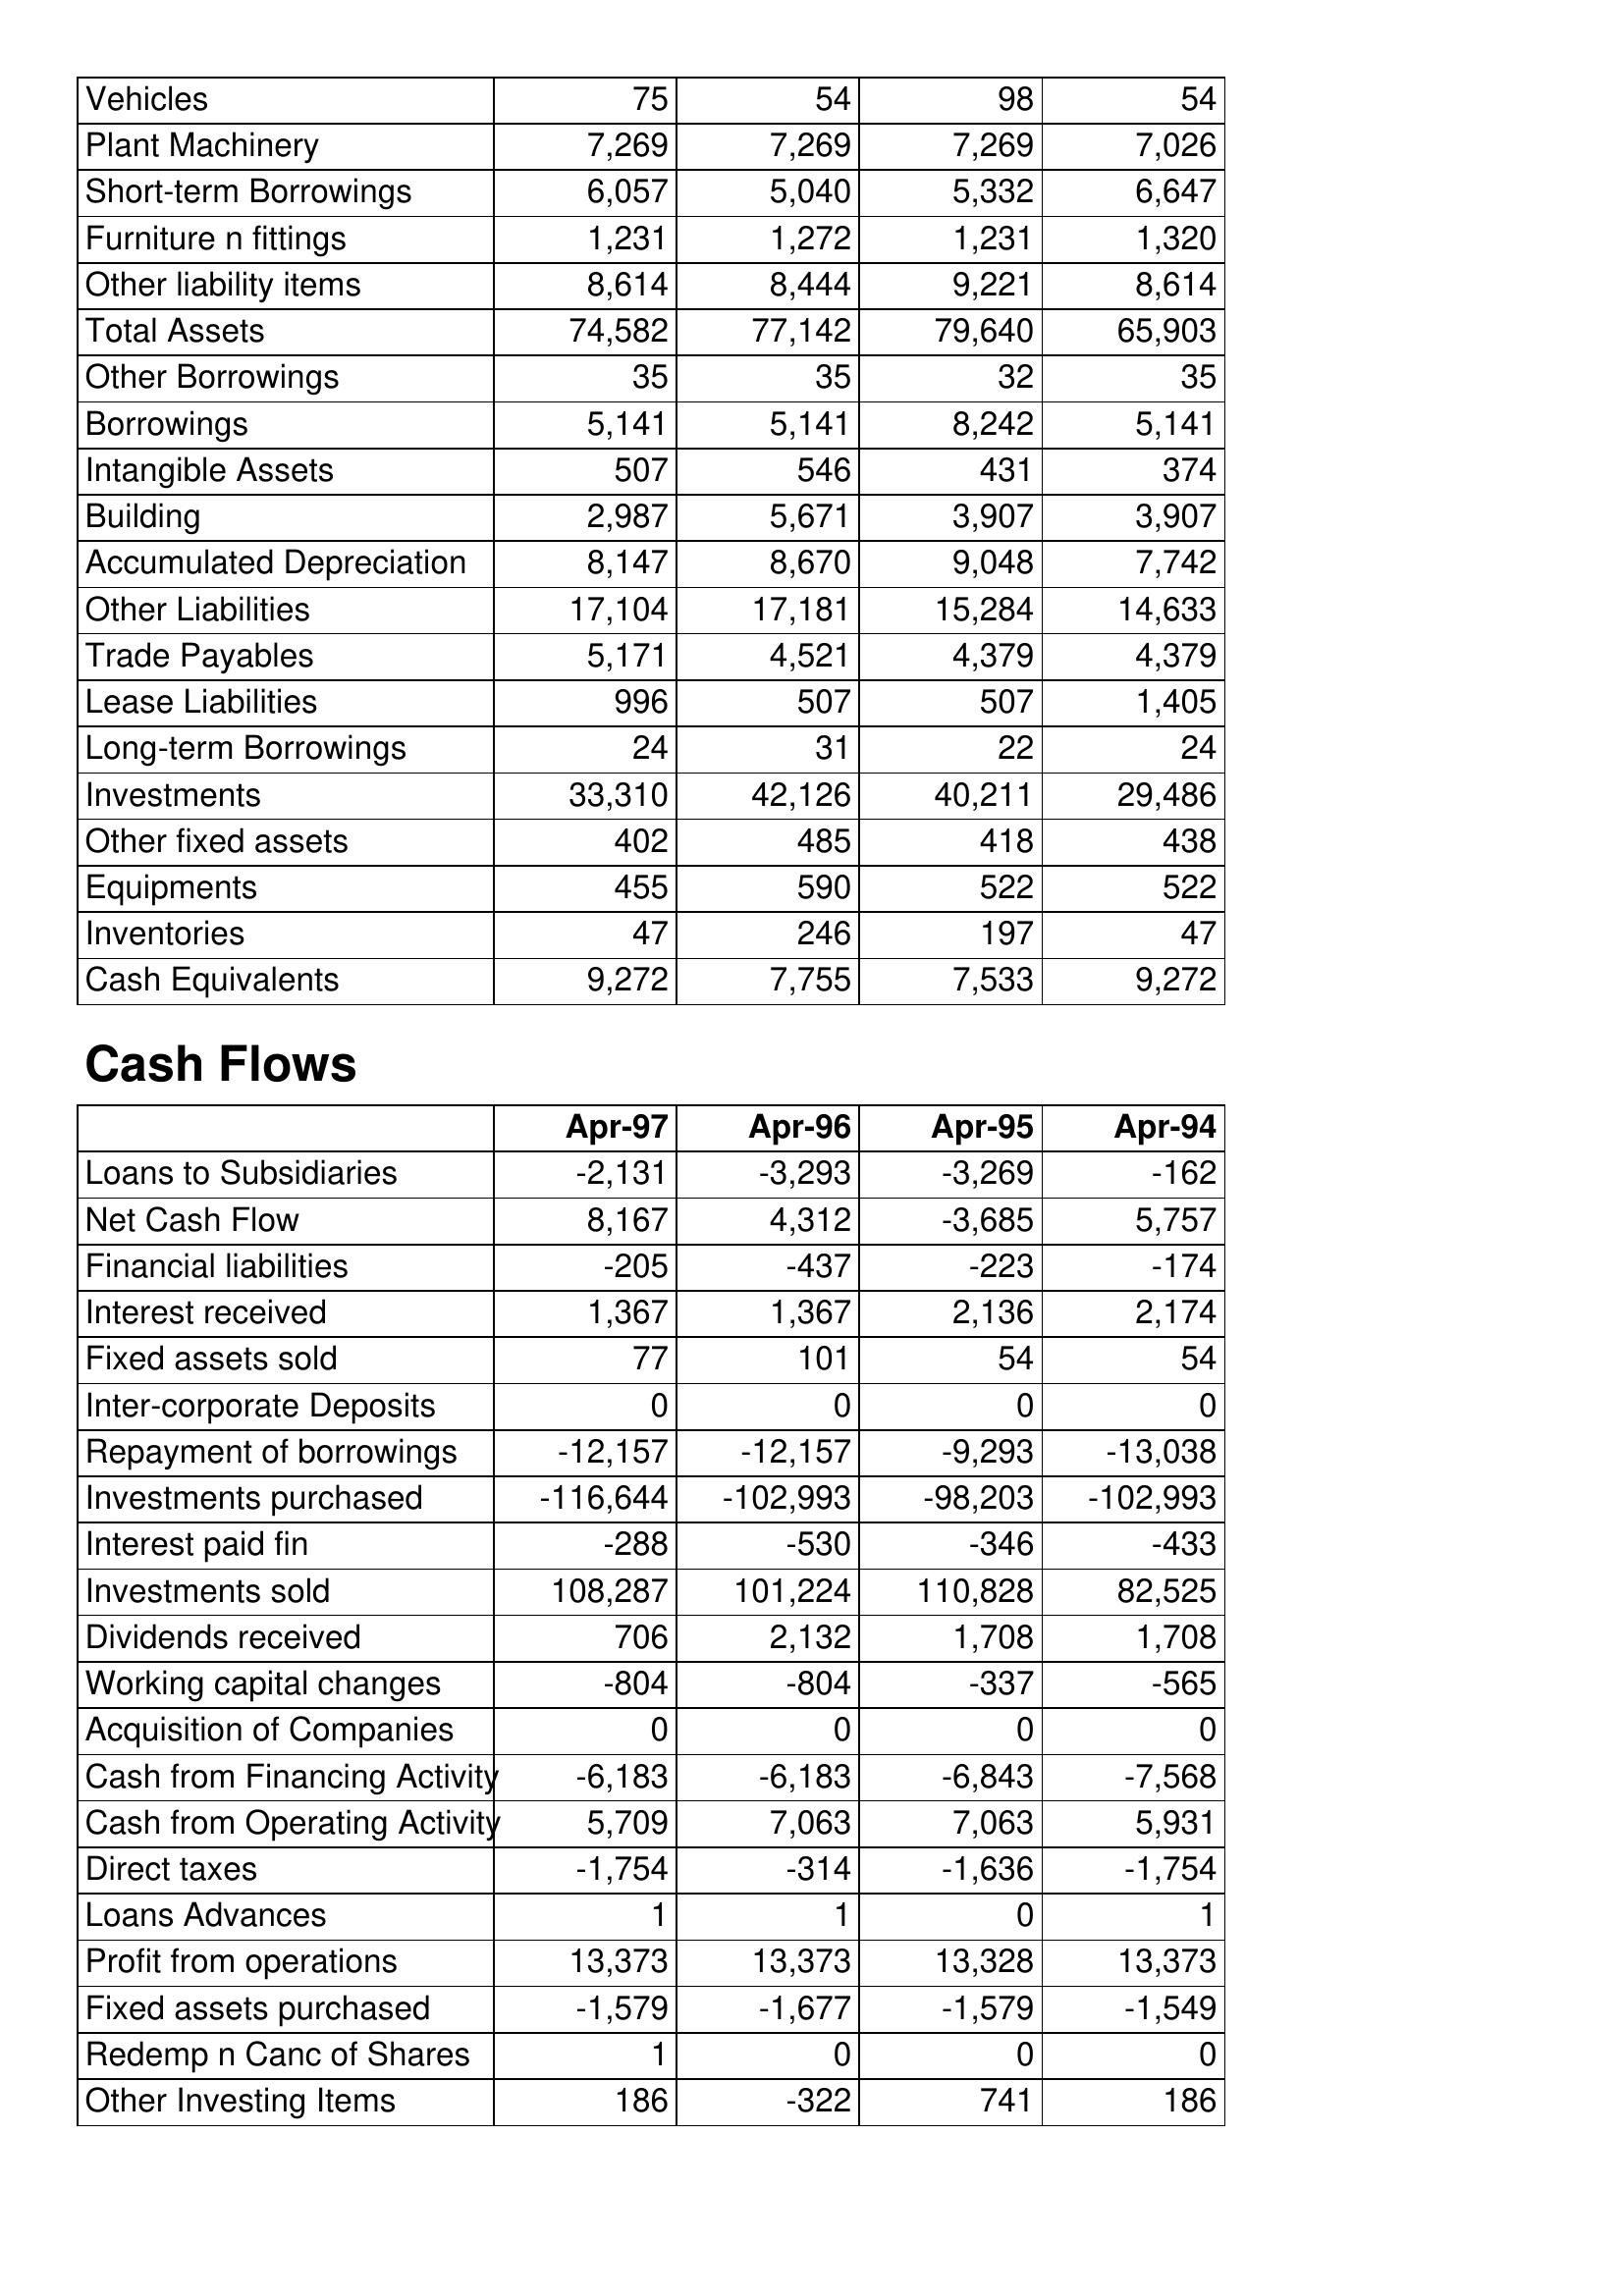
Apr-97: Balance Sheet: Vehicles: 75
Plant Machinery: 7,269
Short-term Borrowings: 6,057
Furniture n fittings: 1,231
Other liability items: 8,614
Total Assets: 74,582
Other Borrowings: 35
Borrowings: 5,141
Intangible Assets: 507
Building: 2,987
Accumulated Depreciation: 8,147
Other Liabilities: 17,104
Trade Payables: 5,171
Lease Liabilities: 996
Long-term Borrowings: 24
Investments: 33,310
Other fixed assets: 402
Equipments: 455
Inventories: 47
Cash Equivalents: 9,272
Cash Flows: Loans to Subsidiaries: -2,131
Net Cash Flow: 8,167
Financial liabilities: -205
Interest received: 1,367
Fixed assets sold: 77
Inter-corporate Deposits: 0
Repayment of borrowings: -12,157
Investments purchased: -116,644
Interest paid fin: -288
Investments sold: 108,287
Dividends received: 706
Working capital changes: -804
Acquisition of Companies: 0
Cash from Financing Activity: -6,183
Cash from Operating Activity: 5,709
Direct taxes: -1,754
Loans Advances: 1
Profit from operations: 13,373
Fixed assets purchased: -1,579
Redemp n Canc of Shares: 1
Other Investing Items: 186
Apr-96: Balance Sheet: Vehicles: 54
Plant Machinery: 7,269
Short-term Borrowings: 5,040
Furniture n fittings: 1,272
Other liability items: 8,444
Total Assets: 77,142
Other Borrowings: 35
Borrowings: 5,141
Intangible Assets: 546
Building: 5,671
Accumulated Depreciation: 8,670
Other Liabilities: 17,181
Trade Payables: 4,521
Lease Liabilities: 507
Long-term Borrowings: 31
Investments: 42,126
Other fixed assets: 485
Equipments: 590
Inventories: 246
Cash Equivalents: 7,755
Cash Flows: Loans to Subsidiaries: -3,293
Net Cash Flow: 4,312
Financial liabilities: -437
Interest received: 1,367
Fixed assets sold: 101
Inter-corporate Deposits: 0
Repayment of borrowings: -12,157
Investments purchased: -102,993
Interest paid fin: -530
Investments sold: 101,224
Dividends received: 2,132
Working capital changes: -804
Acquisition of Companies: 0
Cash from Financing Activity: -6,183
Cash from Operating Activity: 7,063
Direct taxes: -314
Loans Advances: 1
Profit from operations: 13,373
Fixed assets purchased: -1,677
Redemp n Canc of Shares: 0
Other Investing Items: -322
Apr-95: Balance Sheet: Vehicles: 98
Plant Machinery: 7,269
Short-term Borrowings: 5,332
Furniture n fittings: 1,231
Other liability items: 9,221
Total Assets: 79,640
Other Borrowings: 32
Borrowings: 8,242
Intangible Assets: 431
Building: 3,907
Accumulated Depreciation: 9,048
Other Liabilities: 15,284
Trade Payables: 4,379
Lease Liabilities: 507
Long-term Borrowings: 22
Investments: 40,211
Other fixed assets: 418
Equipments: 522
Inventories: 197
Cash Equivalents: 7,533
Cash Flows: Loans to Subsidiaries: -3,269
Net Cash Flow: -3,685
Financial liabilities: -223
Interest received: 2,136
Fixed assets sold: 54
Inter-corporate Deposits: 0
Repayment of borrowings: -9,293
Investments purchased: -98,203
Interest paid fin: -346
Investments sold: 110,828
Dividends received: 1,708
Working capital changes: -337
Acquisition of Companies: 0
Cash from Financing Activity: -6,843
Cash from Operating Activity: 7,063
Direct taxes: -1,636
Loans Advances: 0
Profit from operations: 13,328
Fixed assets purchased: -1,579
Redemp n Canc of Shares: 0
Other Investing Items: 741
Apr-94: Balance Sheet: Vehicles: 54
Plant Machinery: 7,026
Short-term Borrowings: 6,647
Furniture n fittings: 1,320
Other liability items: 8,614
Total Assets: 65,903
Other Borrowings: 35
Borrowings: 5,141
Intangible Assets: 374
Building: 3,907
Accumulated Depreciation: 7,742
Other Liabilities: 14,633
Trade Payables: 4,379
Lease Liabilities: 1,405
Long-term Borrowings: 24
Investments: 29,486
Other fixed assets: 438
Equipments: 522
Inventories: 47
Cash Equivalents: 9,272
Cash Flows: Loans to Subsidiaries: -162
Net Cash Flow: 5,757
Financial liabilities: -174
Interest received: 2,174
Fixed assets sold: 54
Inter-corporate Deposits: 0
Repayment of borrowings: -13,038
Investments purchased: -102,993
Interest paid fin: -433
Investments sold: 82,525
Dividends received: 1,708
Working capital changes: -565
Acquisition of Companies: 0
Cash from Financing Activity: -7,568
Cash from Operating Activity: 5,931
Direct taxes: -1,754
Loans Advances: 1
Profit from operations: 13,373
Fixed assets purchased: -1,549
Redemp n Canc of Shares: 0
Other Investing Items: 186